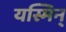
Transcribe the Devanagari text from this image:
यस्मिन्‌